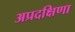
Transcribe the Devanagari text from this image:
अप्रदक्षिणा